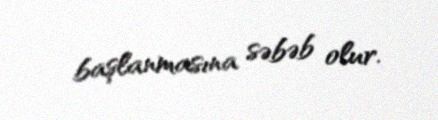
başlanmasına səbəb olur.